Indian journal of veterinary science and animal husbandry - Volumes 22-23, 1952-1953
Year: 1952
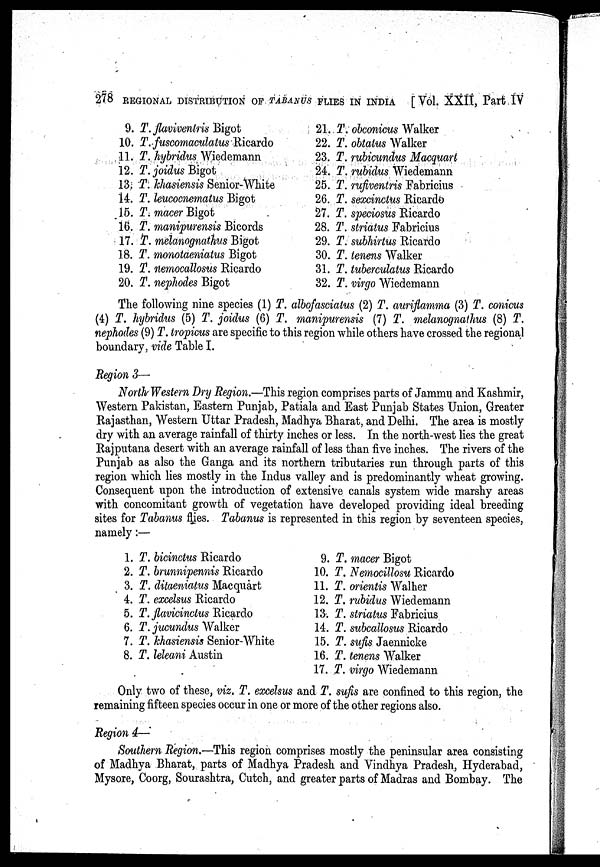
278 REGIONAL DISTRIBUTION OF TABANUS FLIES IN INDIA
[Vol. XXII, Part IV
9. T. flaviventris Bigot
10. T. fuscomaculatus Ricardo
11. T. hybridus Wiedemann
12. T. joidus Bigot
13. T. khasiensis Senior-White
14. T. leucocnematus Bigot
15. T. macer Bigot
16. T. manipurensis Bicords
17. T. melanognathus Bigot
18. T. monotaeniatus Bigot
19. T. nemocallosus Ricardo
20. T. nephodes Bigot
21. T. obconicus Walker
22. T. obtatus Walker
23. T. rubicundus Macquart
24. T. rubidus Wiedemann
25. T. rufiventris Fabricius
26. T. sexcinctus Ricardo
27. T. speciosus Ricardo
28. T. striatus Fabricius
29. T. subhirtus Ricardo
30. T. tenens Walker
31. T. tuberculatus Ricardo
32. T. virgo Wiedemann
The following nine species (1) T. albofasciatus (2) T. auriflamma (3) T. conicus
(4) T. hybridus (5) T. joidus (6) T. manipurensis (7) T. melanognathus (8) T.
nephodes (9) T. tropicus are specific to this region while others have crossed the regional
boundary, vide Table I.
Region 3—
North Western Dry Region.—This region comprises parts of Jammu and Kashmir,
Western Pakistan, Eastern Punjab, Patiala and East Punjab States Union, Greater
Rajasthan, Western Uttar Pradesh, Madhya Bharat, and Delhi. The area is mostly
dry with an average rainfall of thirty inches or less. In the north-west lies the great
Rajputana desert with an average rainfall of less than five inches. The rivers of the
Punjab as also the Ganga and its northern tributaries run through parts of this
region which lies mostly in the Indus valley and is predominantly wheat growing.
Consequent upon the introduction of extensive canals system wide marshy areas
with concomitant growth of vegetation have developed providing ideal breeding
sites for Tabanus flies. Tabanus is represented in this region by seventeen species,
namely:—
1. T. bicinctus Ricardo
2. T. brunnipennis Ricardo
3. T. ditaeniatus Macquart
4. T. excelsus Ricardo
5. T. flavicinctus Ricardo
6. T. jucundus Walker
7. T. khasiensis Senior-White
8. T. leleani Austin
9. T. macer Bigot
10. T. Nemocillosu Ricardo
11. T. orientis Walher
12. T. rubidus Wiedemann
13. T. striatus Fabricius
14. T. subcallosus Ricardo
15. T. sufis Jaennicke
16. T. tenens Walker
17. T. virgo Wiedemann
Only two of these, viz. T. excelsus and T. sufis are confined to this region, the
remaining fifteen species occur in one or more of the other regions also.
Region 4—
Southern Region.—This region comprises mostly the peninsular area consisting
of Madhya Bharat, parts of Madhya Pradesh and Vindhya Pradesh, Hyderabad,
Mysore, Coorg, Sourashtra, Cutch, and greater parts of Madras and Bombay. The